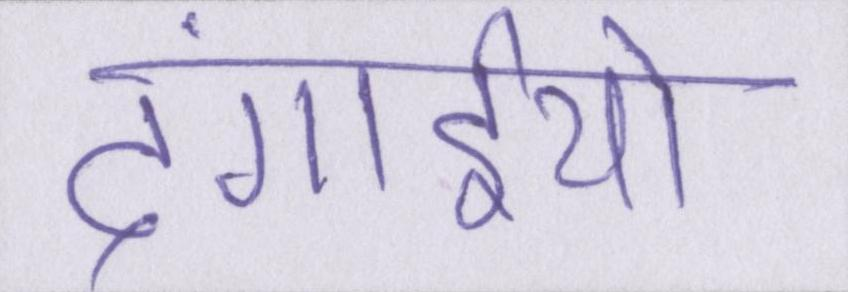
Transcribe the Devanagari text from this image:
दंगाईयो